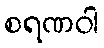
စရဏဝါ